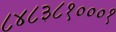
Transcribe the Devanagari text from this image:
८४८३८१०००१